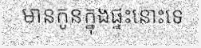
មានកូនក្នុងផ្ទះនោះទេ